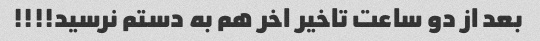
بعد از دو ساعت تاخیر اخر هم به دستم نرسید!!!!